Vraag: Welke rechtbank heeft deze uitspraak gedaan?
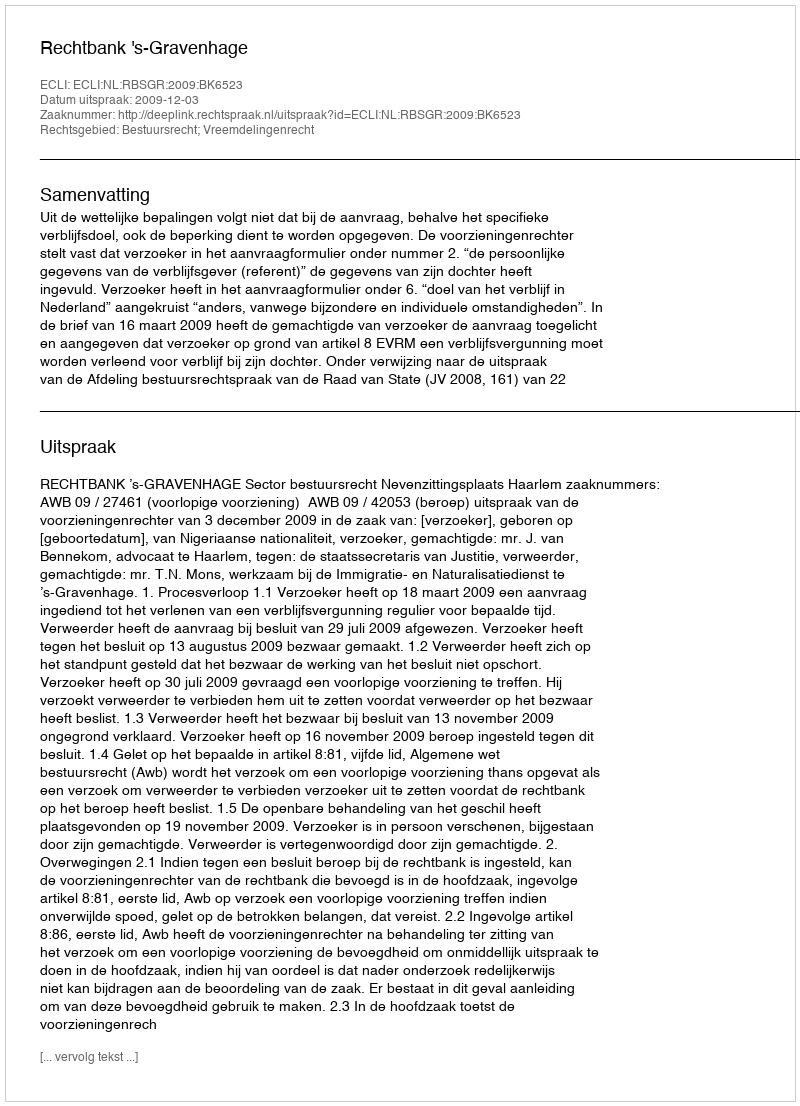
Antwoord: Rechtbank 's-Gravenhage